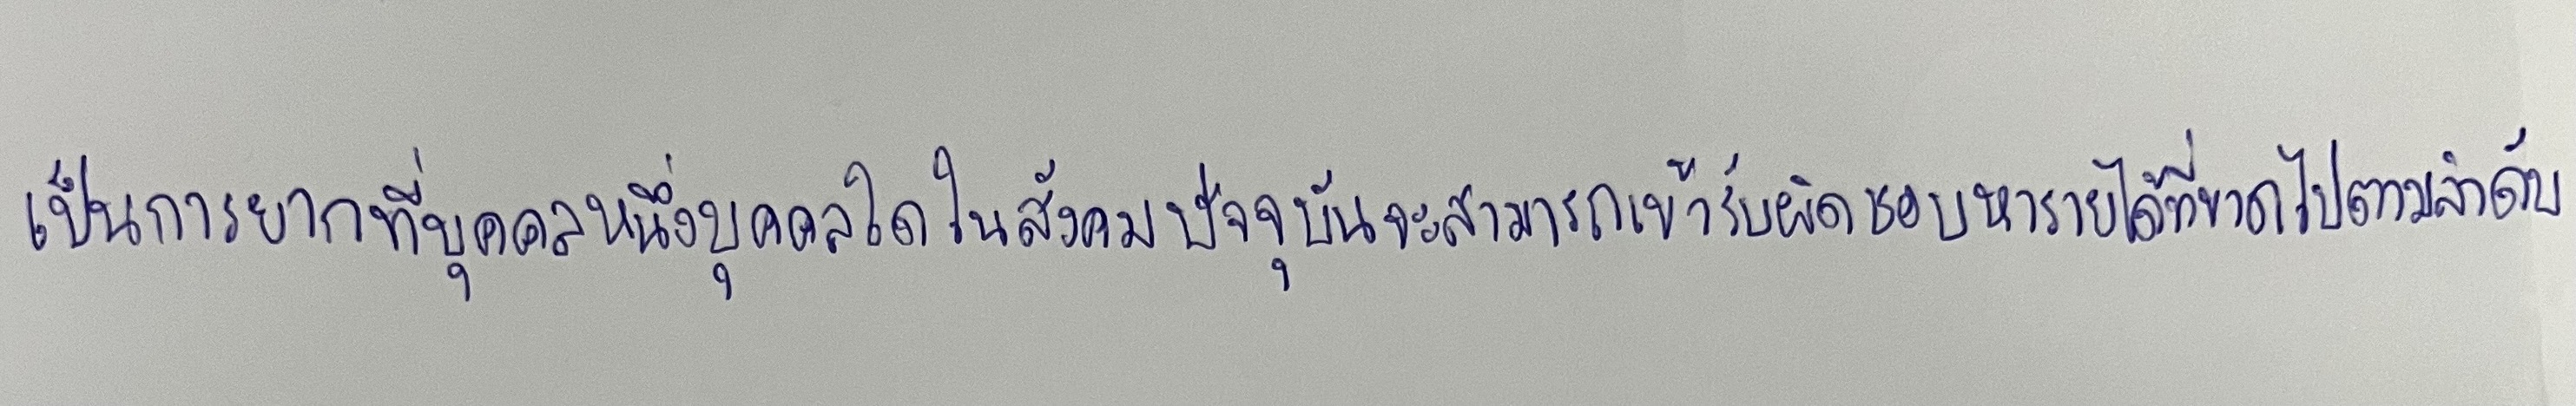
เป็นการยากที่บุคคลหนึ่งบุคคลใดในสังคมปัจจุบันจะสามารถเข้ารับผิดชอบหารายได้ที่ขาดไปตามลำดับ